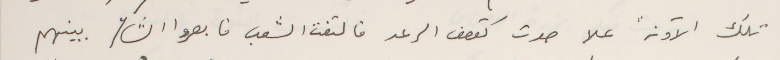
تلك الآونة علا صوت كقصف الرعد فالتفت الشعب فابصروا الشاعر بينهم